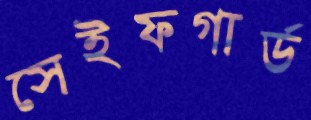
সেইফগার্ড